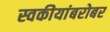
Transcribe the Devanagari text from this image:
स्वकीयांबरोबर